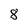
Character: 8